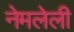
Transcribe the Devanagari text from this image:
नेमलेली